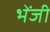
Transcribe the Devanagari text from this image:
भेंजी